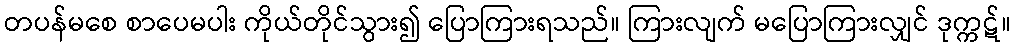
တပန်မစေ စာပေမပါး ကိုယ်တိုင်သွား၍ ပြောကြားရသည်။ ကြားလျက် မပြောကြားလျှင် ဒုက္ကဋ်။